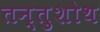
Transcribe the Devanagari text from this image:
तन्तुशोथ